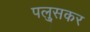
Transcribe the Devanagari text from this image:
पलु्सकर